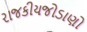
રાજકીયજોડાણો